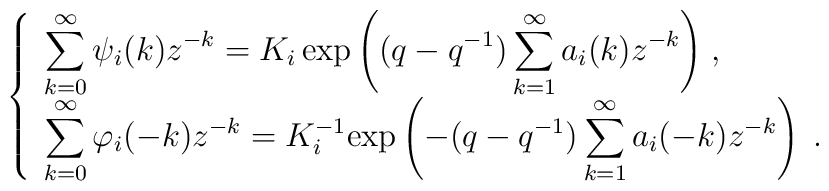
\hspace{.5in}                 \left \{ \begin{array}{l}                 \displaystyle{                      \sum^{\infty}_{k=0} \psi_i(k) z^{-k}                     =K_i \, {\rm exp} \left( (q-q^{-1})                             \sum^{\infty}_{k=1} a_i(k) z^{-k}                                                       \right) \; } ,                 \\                 \displaystyle{                      \sum^{\infty}_{k=0} \varphi_i(-k) z^{-k}                     =K_i^{-1} {\rm exp} \left( -(q-q^{-1})                                  \sum^{\infty}_{k=1} a_i(-k) z^{-k}                                                       \right) \; . }                 \end{array} \right.